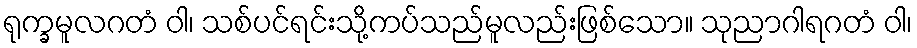
ရုက္ခမူလဂတံ ဝါ၊ သစ်ပင်ရင်းသို့ကပ်သည်မူလည်းဖြစ်သော။ သုညာဂါရဂတံ ဝါ၊